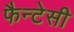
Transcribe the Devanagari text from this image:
फैन्टेसी